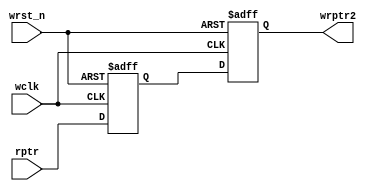
module sync_r2w #(
    parameter ADDRSIZE = 4
    )(
    output reg [ADDRSIZE:0] wrptr2,
    input      [ADDRSIZE:0] rptr,
    input                   wclk, wrst_n
    );

reg [ADDRSIZE:0] wrptr1;

always @(posedge wclk or negedge wrst_n) begin
    if (!wrst_n) begin
        {wrptr2, wrptr1} <= 0;
    end
    else begin
        {wrptr2, wrptr1} <= {wrptr1, rptr};
    end
end

endmodule